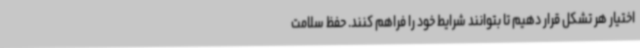
اختیار هر تشکل قرار دهیم تا بتوانند شرایط خود را فراهم کنند. حفظ سلامت